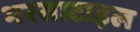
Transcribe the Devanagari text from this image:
भरसाटाइल